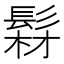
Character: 𩭘